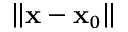
{ \left\| { { \bf { x } } - { { \bf { x } } _ { 0 } } } \right\| }